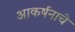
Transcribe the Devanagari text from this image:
आकर्षनाचे